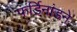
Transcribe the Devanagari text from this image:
फर्डिनांडने